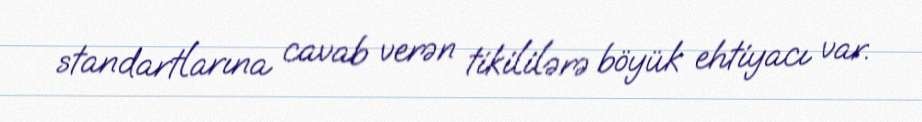
standartlarına cavab verən tikililərə böyük ehtiyacı var.